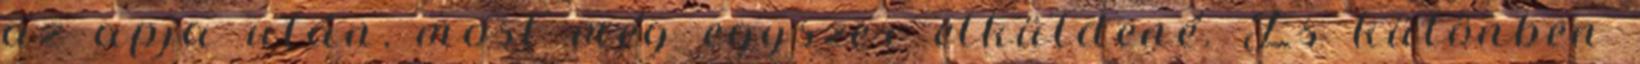
az apja után, most még egyszer elküldené. És különben